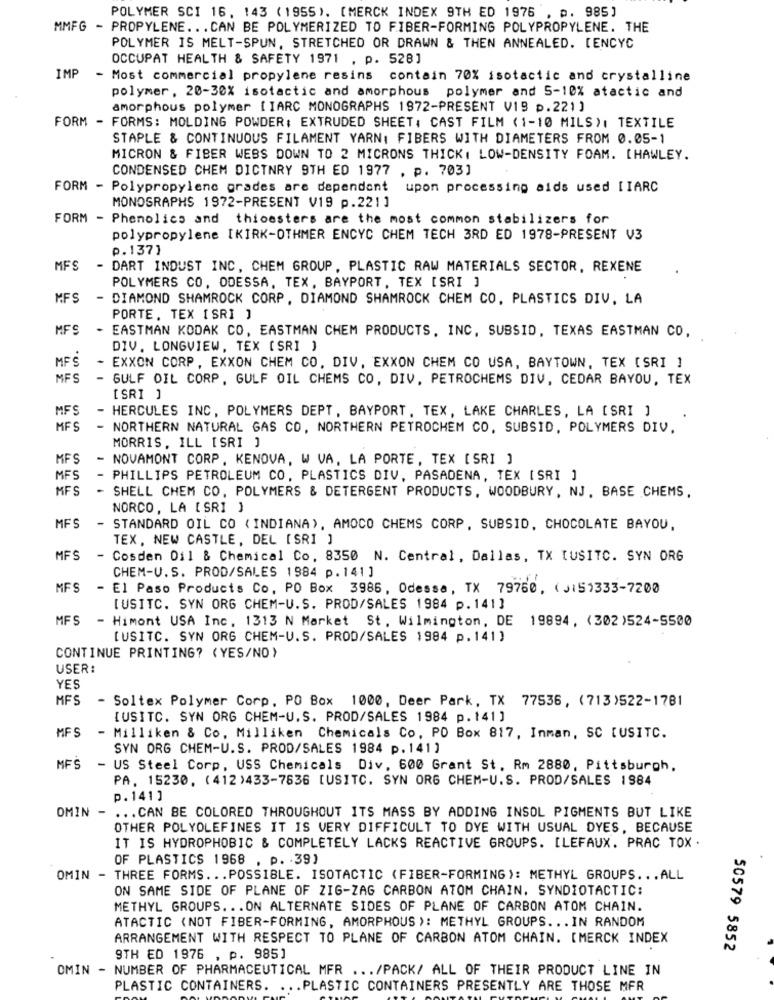
POLYMER SCI 16. 143 (1955). [MERCK INDEX 9TH ED 1976 , p. 985]
MMFG - PROPYLENE ... CAN BE POLYMERIZED TO FIBER-FORMING POLYPROPYLENE. THE
POLYMER IS MELT-SPUN, STRETCHED OR DRAWN & THEN ANNEALED. [ENCYC
OCCUPAT HEALTH & SAFETY 1971 . p. 528]
IMP
- Most commercial propylene resins contain 70% isotactic and crystalline
polymer , 20-30% isotactic and amorphous polymer and 5-10% atactic and
amorphous polymer [ IARC MONOGRAPHS 1972-PRESENT V19 p.221 ]
FORM - FORMS: MOLDING POWDER: EXTRUDED SHEET, CAST FILM (1-10 MILS), TEXTILE
STAPLE & CONTINUOUS FILAMENT YARN, FIBERS WITH DIAMETERS FROM 0.05-1
MICRON & FIBER WEBS DOWN TO 2 MICRONS THICK, LOW-DENSITY FOAM. [HAWLEY.
CONDENSED CHEM DICTNRY 9TH ED 1977 . p. 703]
FORM - Polypropylene grades are dependent upon processing aids used [ IARC
MONOSRAPHS 1972-PRESENT V19 p.221]
FORM - Phenolics and thioesters are the most common stabilizers for
polypropylene IKIRK-OTHMER ENCYC CHEM TECH 3RD ED 1978-PRESENT V3
p.137]
MFS
- DART INDUST INC, CHEM GROUP, PLASTIC RAW MATERIALS SECTOR, REXENE
POLYMERS CO, ODESSA, TEX, BAYPORT, TEX [SRI ]
MFS
- DIAMOND SHAMROCK CORP, DIAMOND SHAMROCK CHEM CO. PLASTICS DIV. LA
PORTE. TEX [ SRI ]
MFS
- EASTMAN KODAK CO, EASTMAN CHEM PRODUCTS, INC, SUBSID, TEXAS EASTMAN CO,
DIV. LONGVIEW, TEX (SRI )
MFS
- EXXON CORP, EXXON CHEM CO, DIV, EXXON CHEM CO USA, BAYTOWN, TEX [SRI ]
MFS
- GULF OIL CORP. GULF OIL CHEMS CO, DIV. PETROCHEMS DIV, CEDAR BAYOU, TEX
[SRI ]
MFS
- HERCULES INC, POLYMERS DEPT, BAYPORT. TEX, LAKE CHARLES, LA [SRI ]
MFS
- NORTHERN NATURAL GAS CO, NORTHERN PETROCHEM CO, SUBSID, POLYMERS DIV,
MORRIS, ILL [SRI ]
MFS
- NOVAMONT CORP. KENOVA, W VA, LA PORTE, TEX [ SRI ]
MFS
- PHILLIPS PETROLEUM CO, PLASTICS DIV, PASADENA, TEX [ SRI ]
MFS
- SHELL CHEM CO, POLYMERS & DETERGENT PRODUCTS, WOODBURY, NJ, BASE CHEMS,
NORCO, LA [ SRI )
MES
- STANDARD OIL CO ( INDIANA), AMOCO CHEMS CORP, SUBSID, CHOCOLATE BAYOU,
TEX, NEW CASTLE, DEL [SRI ]
MFS
- Cosden Oil & Chemical Co, 8350 N. Central, Dallas, TX [USITC. SYN ORG
CHEM-U. S. PROD/SALES 1984 p.141]
MFS
El Paso Products Co. PO Box 3986, Odessa, TX 79750, (J:51333-7200
[USITC. SYN ORG CHEM-U.S. PROD/SALES 1984 p.141]
MF S
- Himont USA Inc. 1313 N Market St. Wilmington, DE 19894, (302)524-5500
TUSITC. SYN ORG CHEM-U.S. PROD/SALES 1984 p.141)
CONTINUE PRINTING? (YES/NO)
USER:
YES
MFS
- Soltex Polymer Corp, PO Box 1000, Deer Park, TX 77536, (713)522-1781
[USITC. SYN ORG CHEM-U. S. PROD/SALES 1984 p. 141 ]
MFS
- Milliken & Co, Milliken Chemicals Co, PO Box 817, Inman, SC [USITC.
SYN ORG CHEM-U.S. PROD/SALES 1984 p.141)
MFS
- US Steel Corp, USS Chemicals Div. 600 Grant St. Rm 2880, Pittsburgh,
PA. 15230, (412)433-7836 [USITC. SYN ORG CHEM-U.S. PROD/SALES 1984
p.141]
OMIN - ... CAN BE COLORED THROUGHOUT ITS MASS BY ADDING INSOL PIGMENTS BUT LIKE
OTHER POLYOLEFINES IT IS VERY DIFFICULT TO DYE WITH USUAL DYES, BECAUSE
IT IS HYDROPHOBIC & COMPLETELY LACKS REACTIVE GROUPS. [LEFAUX. PRAC TOX .
OF PLASTICS 1968 . p. 39)
OMIN - THREE FORMS ... POSSIBLE. ISOTACTIC (FIBER-FORMING): METHYL GROUPS ... ALL
ON SAME SIDE OF PLANE OF ZIG-ZAG CARBON ATOM CHAIN. SYNDIOTACTIC:
METHYL GROUPS ... ON ALTERNATE SIDES OF PLANE OF CARBON ATOM CHAIN.
ATACTIC (NOT FIBER-FORMING, AMORPHOUS ): METHYL GROUPS. .. IN RANDOM
ARRANGEMENT WITH RESPECT TO PLANE OF CARBON ATOM CHAIN. [MERCK INDEX
50579 5852
9TH ED 1976 , p. 985]
OMIN - NUMBER OF PHARMACEUTICAL MFR ... /PACK/ ALL OF THEIR PRODUCT LINE IN
PLASTIC CONTAINERS. ... PLASTIC CONTAINERS PRESENTLY ARE THOSE MFR